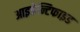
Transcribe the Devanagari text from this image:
आइडेन्टिफाइड